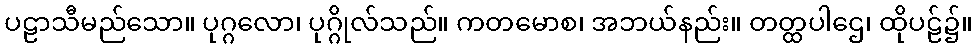
ပဠာသီမည်သော။ ပုဂ္ဂလော၊ ပုဂ္ဂိုလ်သည်။ ကတမောစ၊ အဘယ်နည်း။ တတ္ထပါဌေ၊ ထိုပဠ်၌။